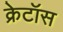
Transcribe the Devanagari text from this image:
क्रेटॉस